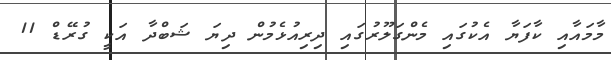
މާމައާއި ކާފަޔާ އެކުގައި މެންގަލޫރުގައި ދިރިއުޅެމުން ދިޔަ ޝަބްދާ އަކީ ގުރޭޑް 11